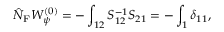
\hat { N } _ { \mathrm { F } } W _ { \psi } ^ { ( 0 ) } = - \int _ { 1 2 } S _ { 1 2 } ^ { - 1 } S _ { 2 1 } = - \int _ { 1 } \delta _ { 1 1 } ,